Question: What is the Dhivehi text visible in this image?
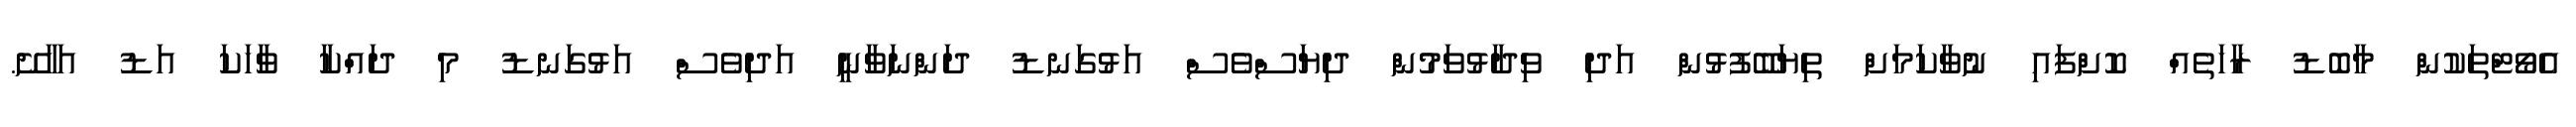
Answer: އެވޯޓްތަކުން މާބޮޑު ރާހަތެއް ކޮށްފައި ނުވާކަމަށް ތިޔަބޭފުޅުން އަދި ވިދާޅުވަމުން ދިޔަސްވެސް އަޅުގަނޑު ދަންނަވާނީ އަދިވެސް އަޅުގަނޑު މި ދައްކާ ވާހަކަ އަޑު އަހާށޭ.